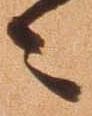
々